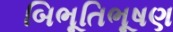
બિભૂતિભૂષણ